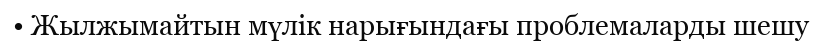
• Жылжымайтын мүлік нарығындағы проблемаларды шешу